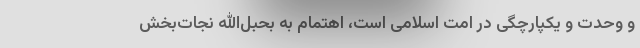
و وحدت و یکپارچگی در امت اسلامی است، اهتمام به بحبل‌الله نجات‌بخش